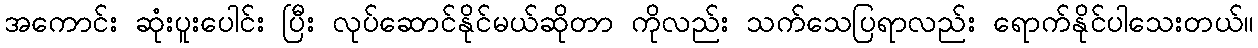
အကောင်း ဆုံးပူးပေါင်း ပြီး လုပ်ဆောင်နိုင်မယ်ဆိုတာ ကိုလည်း သက်သေပြရာလည်း ရောက်နိုင်ပါသေးတယ်။